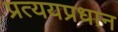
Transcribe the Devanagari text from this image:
प्रत्ययप्रधान